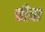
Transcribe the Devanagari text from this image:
चीत्रा